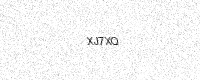
Text: XJ7XQ